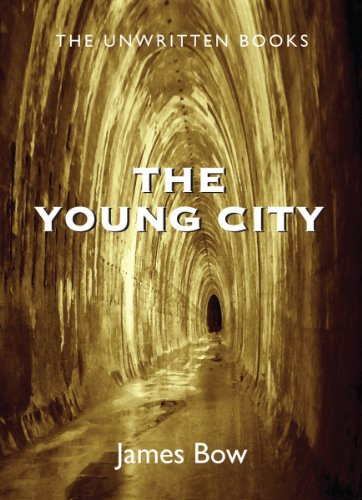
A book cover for The Young City: The Unwritten Books; James Bow; Teen & Young Adult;